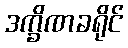
ဒက္ခိဏခရိုင်